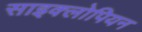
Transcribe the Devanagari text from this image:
साइक्लोपियन